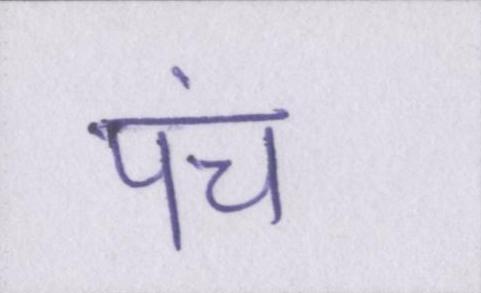
पंच